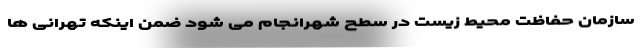
سازمان حفاظت محیط زیست در سطح شهرانجام می شود ضمن اینکه تهرانی ها